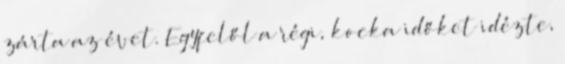
zárta az évet. Egyfelől a régi, kocka időket idézte,